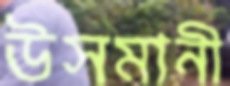
উসমানী